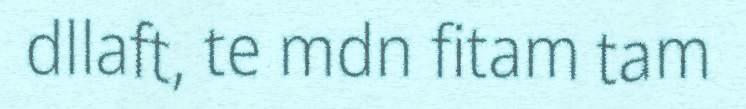
dllaft, te mdn fitam tam